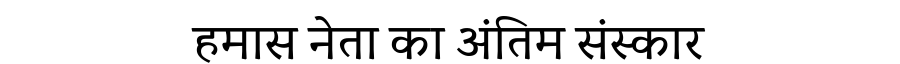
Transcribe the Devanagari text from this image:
हमास नेता का अंतिम संस्कार